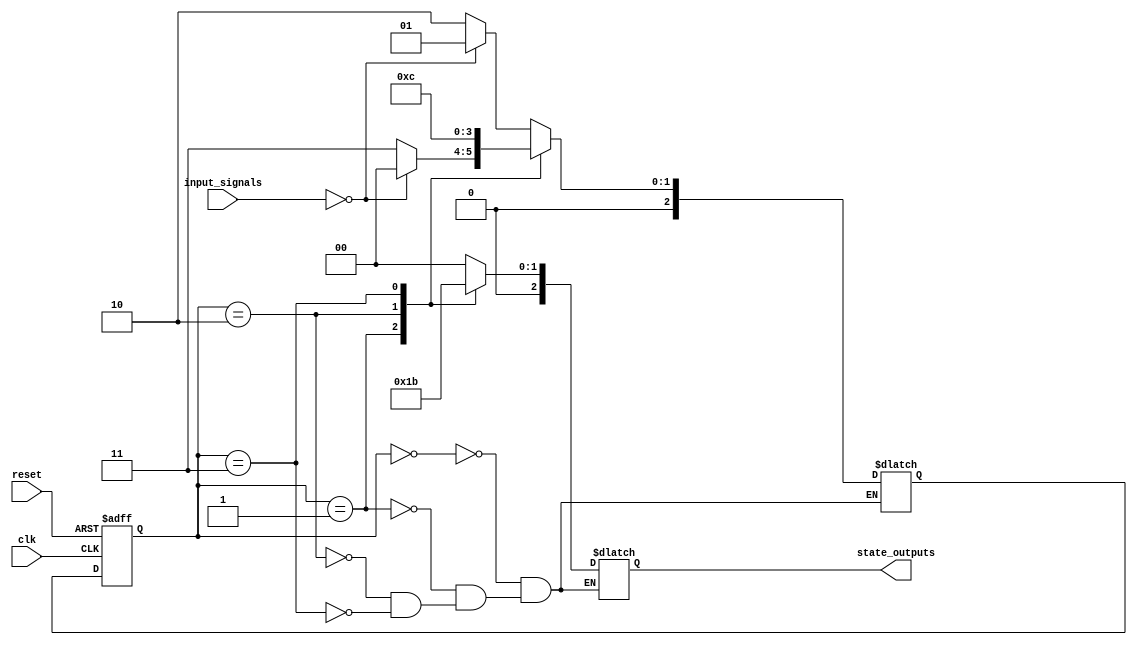
module fsm (
    input clk,
    input reset,
    input [1:0] input_signals,
    output reg [2:0] state_outputs
);

parameter S0 = 3'b000;
parameter S1 = 3'b001;
parameter S2 = 3'b010;
parameter S3 = 3'b011;

reg [2:0] current_state, next_state;

always @(posedge clk or posedge reset) begin
    if (reset) begin
        current_state <= S0;
    end else begin
        current_state <= next_state;
    end
end

always @(*) begin
    case (current_state)
        S0: begin
            if (input_signals == 2'b00) begin
                next_state = S1;
            end else begin
                next_state = S2;
            end
        end
        S1: begin
            if (input_signals == 2'b00) begin
                next_state = S0;
            end else begin
                next_state = S3;
            end
        end
        S2: begin
            next_state = S3;
        end
        S3: begin
            next_state = S0;
        end
    endcase
end

always @(*) begin
    case (current_state)
        S0: begin
            state_outputs = 3'b000;
        end
        S1: begin
            state_outputs = 3'b001;
        end
        S2: begin
            state_outputs = 3'b010;
        end
        S3: begin
            state_outputs = 3'b011;
        end
    endcase
end

endmodule